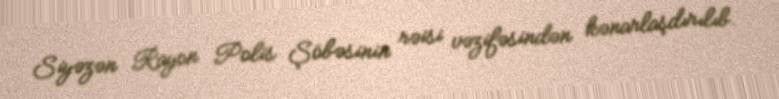
Siyəzən Rayon Polis Şöbəsinin rəisi vəzifəsindən kənarlaşdırılıb.